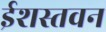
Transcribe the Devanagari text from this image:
ईशस्तवन